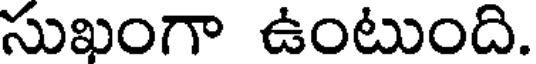
సుఖంగా ఉంటుంది.